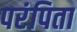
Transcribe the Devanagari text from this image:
परंपिता